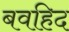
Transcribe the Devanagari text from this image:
बवहिद